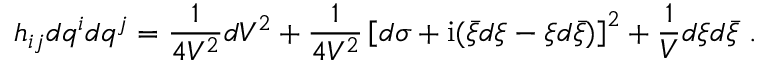
h _ { i j } d q ^ { i } d q ^ { j } = \frac { 1 } { 4 V ^ { 2 } } d V ^ { 2 } + \frac { 1 } { 4 V ^ { 2 } } \left[ d \sigma + \mathrm { i } ( \bar { \xi } d \xi - \xi d \bar { \xi } ) \right] ^ { 2 } + \frac { 1 } { V } d \xi d \bar { \xi } \ .